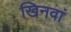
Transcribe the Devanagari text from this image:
खिनवां